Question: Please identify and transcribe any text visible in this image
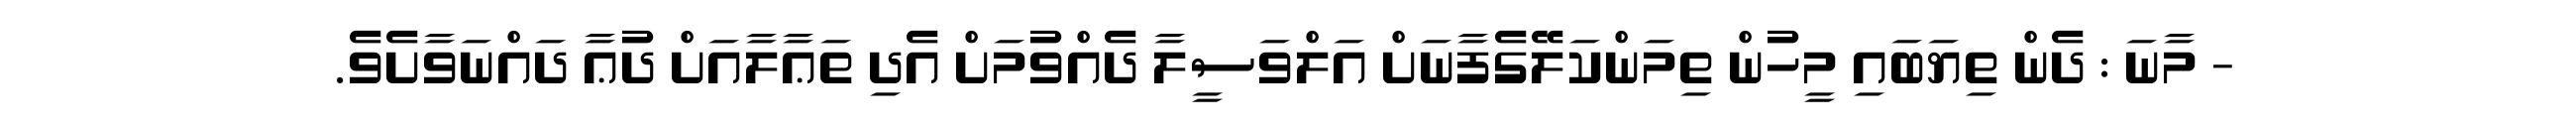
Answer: - މާނަ : ދެން ތިޔަބައި މީހުން ތިމަންކަލޭގެފާނަށް އަލްވަސީލާ ދެއްވުމަށް އެދި ތަޢާލާއަށް ދުޢާ ދައްނަވާށެވެ.